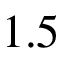
1 . 5